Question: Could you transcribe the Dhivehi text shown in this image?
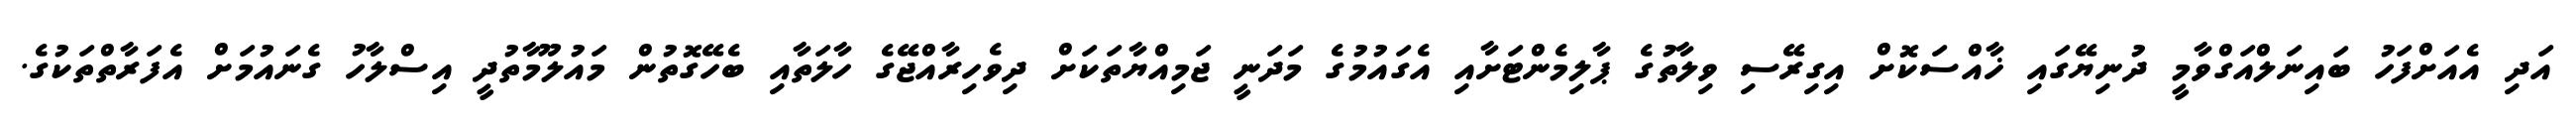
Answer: އަދި އެއަށްފަހު ބައިނަލްއަގްވާމީ ދުނިޔޭގައި ޚާއްސަކޮށް އިގިރޭސި ވިލާތުގެ ޕާލިމެންޓަށާއި އެގައުމުގެ މަދަނީ ޖަމިއްޔާތަކަށް ދިވެހިރާއްޖޭގެ ހާލަތާއި ބެހޭގޮތުން މައުލޫމާތުދީ އިސްލާހު ގެނައުމަށް އެފަރާތްތަކުގެ.